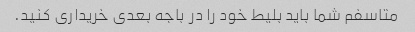
متاسفم شما باید بلیط خود را در باجه بعدی خریداری کنید.